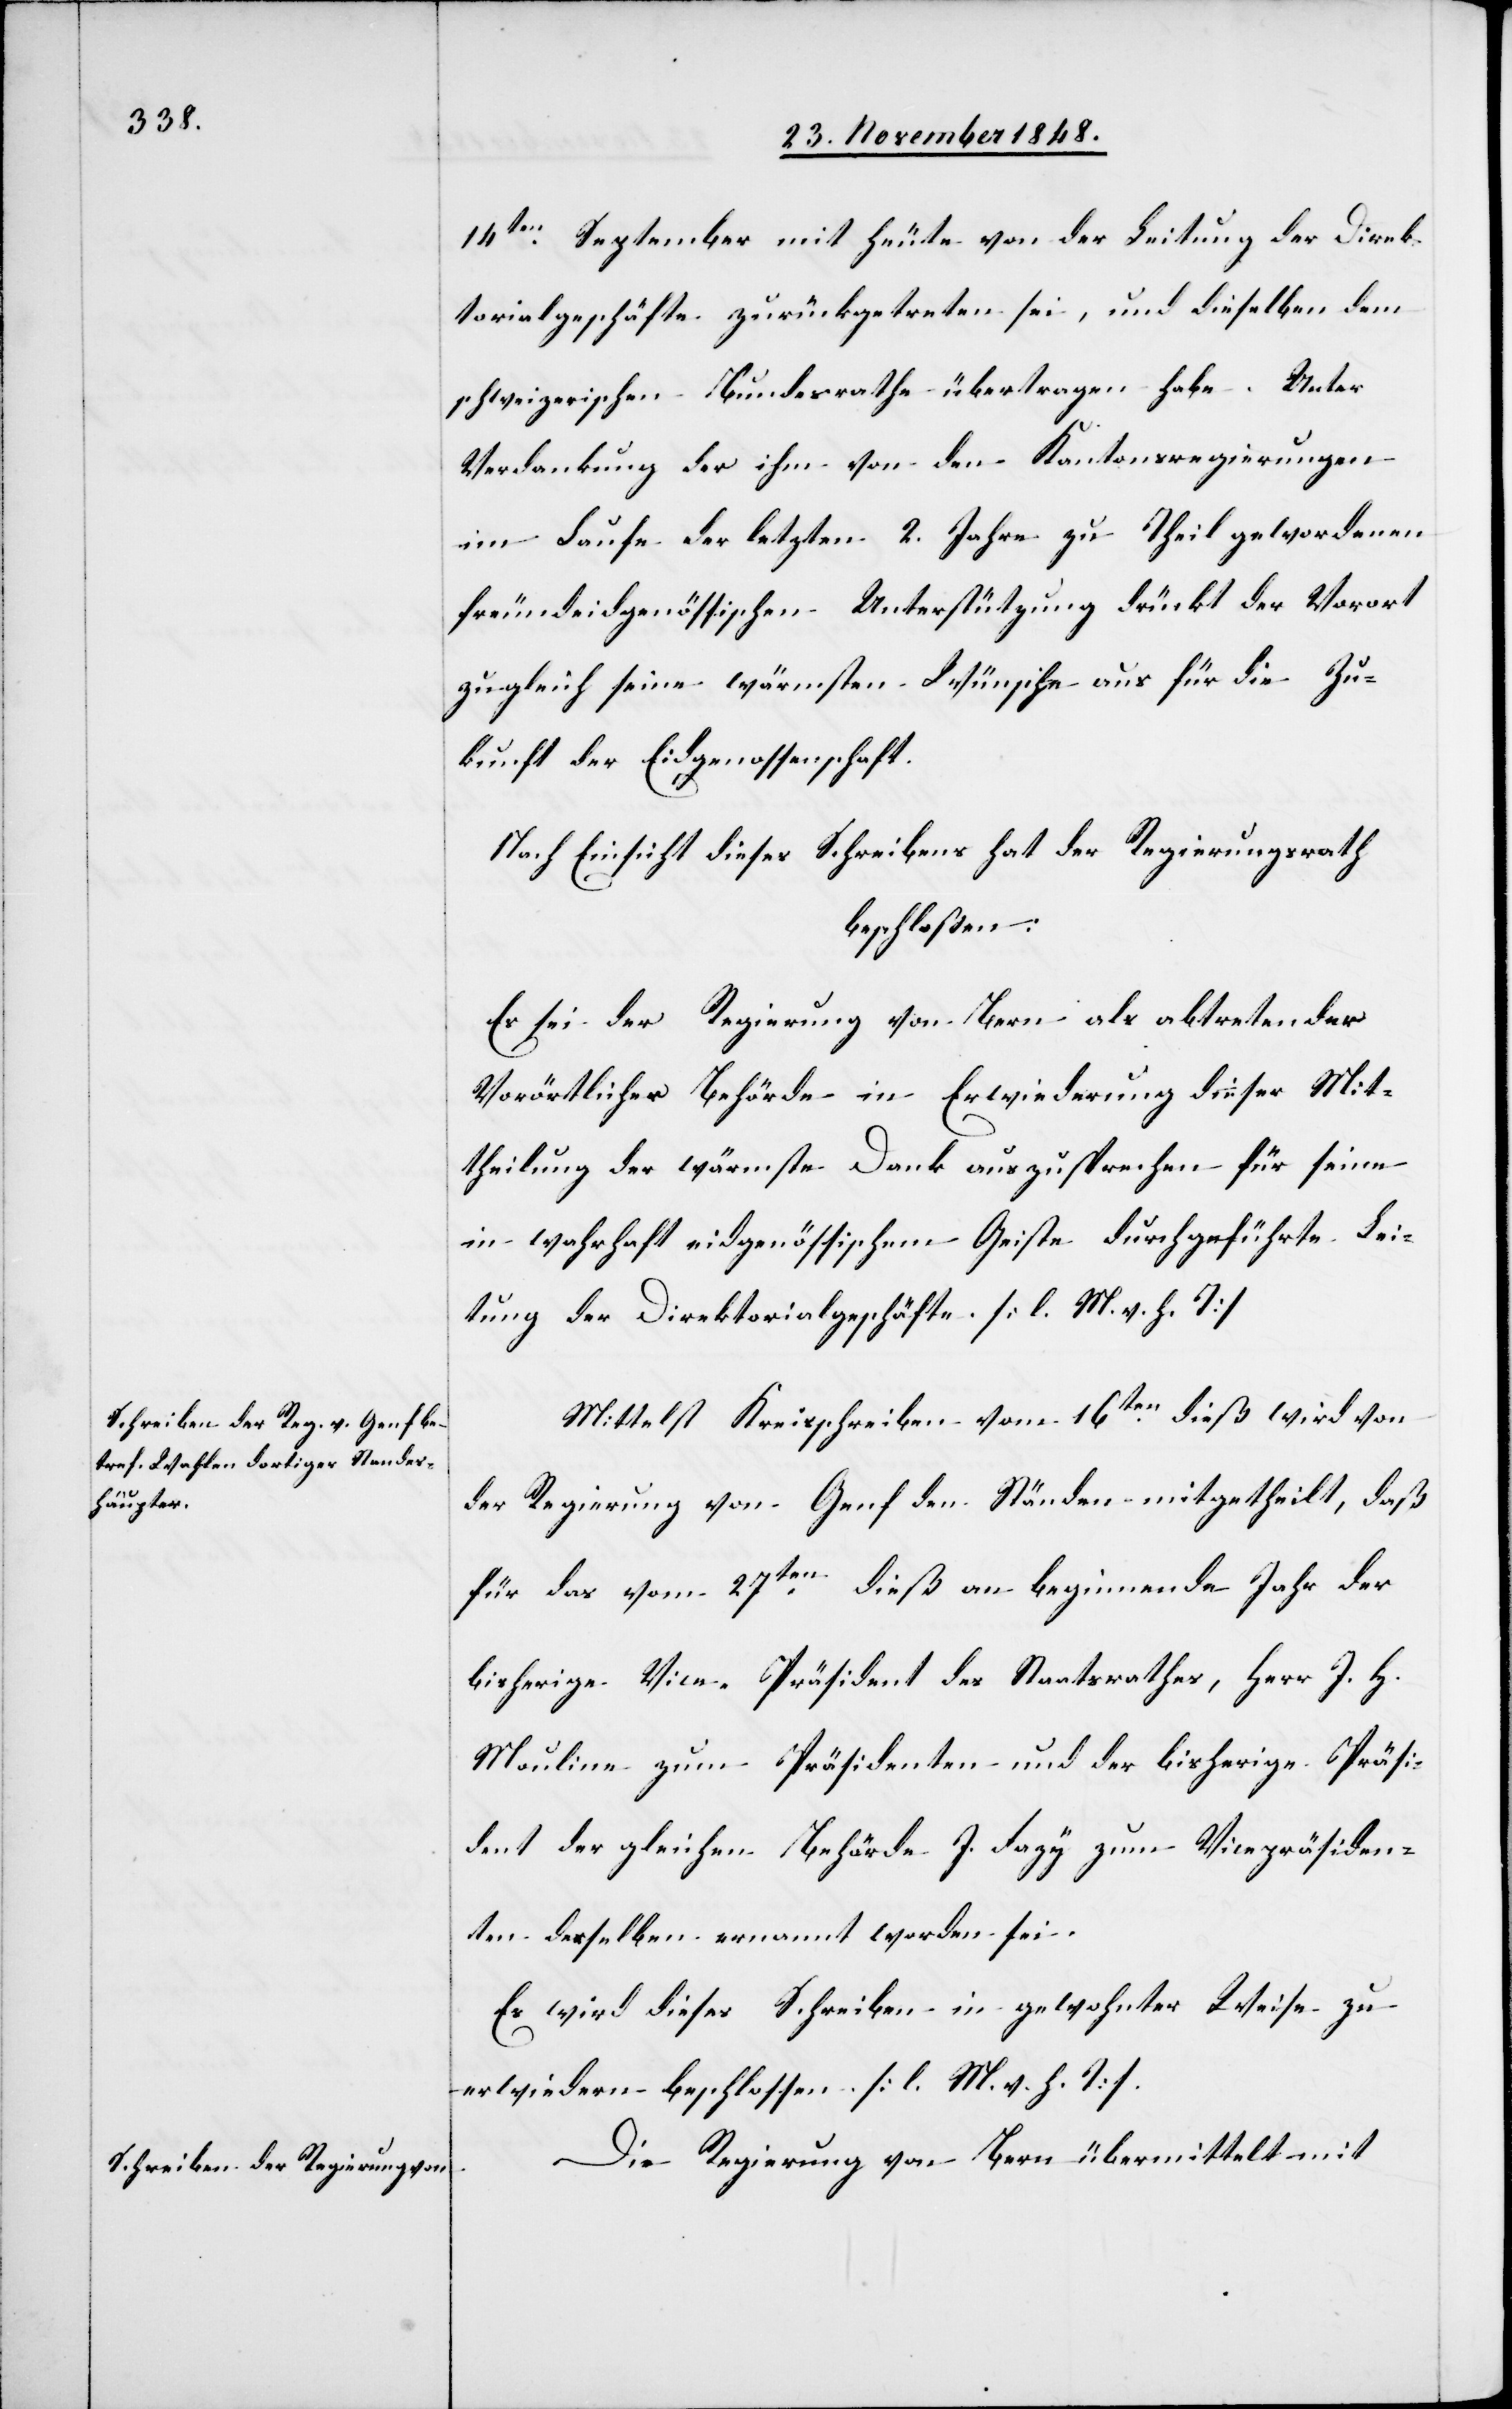
14ten September mit heute von der Leitung der Direk¬
torialgeschäfte zurückgetreten sei, und dieselben dem
schweizerischen Bundesrathe übertragen habe. Unter
Verdankung der ihm von den Kantonsregierungen
im Laufe der letzten 2. Jahre zu Theil gewordenen
freundeidgenössichen Unterstützung drückt der Vorort
zugleich seine wärmsten Wünsche aus für die Zu¬
kunft der Eidgenossenschaft.
Nach Einsicht dieses Schreibens hat der Regierungsrath
beschlossen:
Es sei der Regierung von Bern als abtretender
Vorörtlicher Behörde in Erwiederung dieser Mit¬
theilung der wärmste Dank auszusprechen für seine
in wahrhaft eidgenössischem Geiste durchgeführte Lei¬
tung der Direktorialgeschäfte. [l. M. v. h. T]
Mittelst Kreisschreiben vom 16ten dieß wird von
der Regierung von Genf den Ständen mitgetheilt, daß
für das vom 27ten dieß an beginnende Jahr der
bisherige Vice-Präsident des Staatsrathes, Herr J. H.
Mauline zum Präsidenten und der bisherige Präsi¬
dent der gleichen Behörde J. Fazy zum Vicepräsiden¬
ten derselben ernannt worden sei.
Es wird dieses Schreiben in gewohnter Weise zu
erwiedern beschlossen. [l. M. v. h. T]
Die Regierung von Bern übermittelt mit